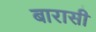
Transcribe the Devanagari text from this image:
बारासी